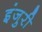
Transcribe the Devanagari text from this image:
इंजुरी